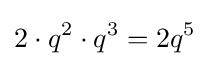
2\cdot q^{2}\cdot q^{3}=2q^{5}